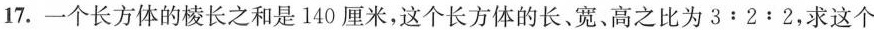
17.一个长方体的棱长之和是140厘米，这个长方体的长、宽、高之比为$$3:2:2$$，求这个